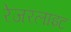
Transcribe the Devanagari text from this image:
रेजरलाइट